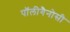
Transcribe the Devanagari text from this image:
पॉलीगैनोसी